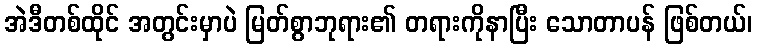
အဲဒီတစ်ထိုင် အတွင်းမှာပဲ မြတ်စွာဘုရား၏ တရားကိုနာပြီး သောတာပန် ဖြစ်တယ်၊